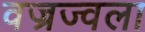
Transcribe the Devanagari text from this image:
वज्रज्वला